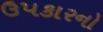
ઉપકારનો